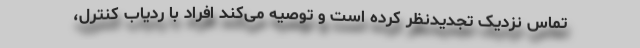
تماس نزدیک تجدیدنظر کرده است و توصیه می‌کند افراد با ردیاب کنترل،